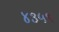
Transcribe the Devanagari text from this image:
४३५९